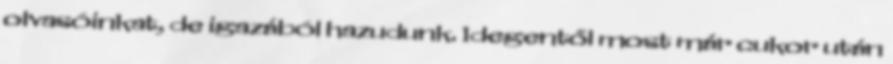
olvasóinkat, de igazából hazudunk. Idegentől most már cukor után